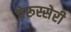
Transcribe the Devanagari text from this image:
चेरूस्सेरी